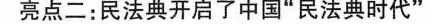
亮点二:民法典开启了中国“民法典时代